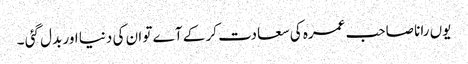
یوں رانا صاحب عمرہ کی سعادت کر کے آے تو ان کی دنیا اور بدل گئی ۔